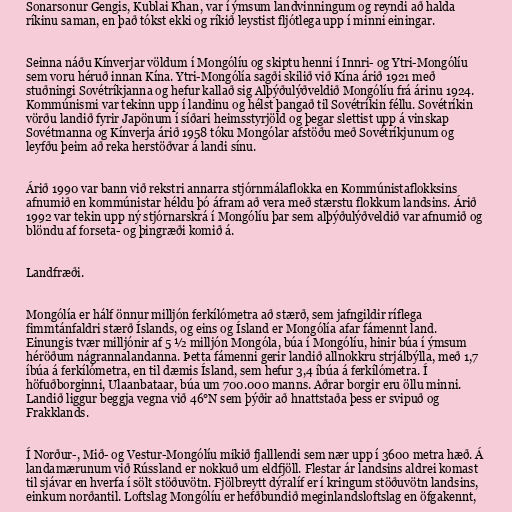
Sonarsonur Gengis, Kublai Khan, var í ýmsum landvinningum og reyndi að halda
ríkinu saman, en það tókst ekki og ríkið leystist fljótlega upp í minni einingar.

Seinna náðu Kínverjar völdum í Mongólíu og skiptu henni í Innri- og Ytri-Mongólíu
sem voru héruð innan Kína. Ytri-Mongólía sagði skilið við Kína árið 1921 með
stuðningi Sovétríkjanna og hefur kallað sig Alþýðulýðveldið Mongólíu frá árinu 1924.
Kommúnismi var tekinn upp í landinu og hélst þangað til Sovétríkin féllu. Sovétríkin
vörðu landið fyrir Japönum í síðari heimsstyrjöld og þegar slettist upp á vinskap
Sovétmanna og Kínverja árið 1958 tóku Mongólar afstöðu með Sovétríkjunum og
leyfðu þeim að reka herstöðvar á landi sínu.

Árið 1990 var bann við rekstri annarra stjórnmálaflokka en Kommúnistaflokksins
afnumið en kommúnistar héldu þó áfram að vera með stærstu flokkum landsins. Árið
1992 var tekin upp ný stjórnarskrá í Mongólíu þar sem alþýðulýðveldið var afnumið og
blöndu af forseta- og þingræði komið á.

Landfræði.

Mongólía er hálf önnur milljón ferkílómetra að stærð, sem jafngildir ríflega
fimmtánfaldri stærð Íslands, og eins og Ísland er Mongólía afar fámennt land.
Einungis tvær milljónir af 5 ½ milljón Mongóla, búa í Mongólíu, hinir búa í ýmsum
héröðum nágrannalandanna. Þetta fámenni gerir landið allnokkru strjálbýlla, með 1,7
íbúa á ferkílómetra, en til dæmis Ísland, sem hefur 3,4 íbúa á ferkílómetra. Í
höfuðborginni, Ulaanbataar, búa um 700.000 manns. Aðrar borgir eru öllu minni.
Landið liggur beggja vegna við 46°N sem þýðir að hnattstaða þess er svipuð og
Frakklands.

Í Norður-, Mið- og Vestur-Mongólíu mikið fjalllendi sem nær upp í 3600 metra hæð. Á
landamærunum við Rússland er nokkuð um eldfjöll. Flestar ár landsins aldrei komast
til sjávar en hverfa í sölt stöðuvötn. Fjölbreytt dýralíf er í kringum stöðuvötn landsins,
einkum norðantil. Loftslag Mongólíu er hefðbundið meginlandsloftslag en öfgakennt,